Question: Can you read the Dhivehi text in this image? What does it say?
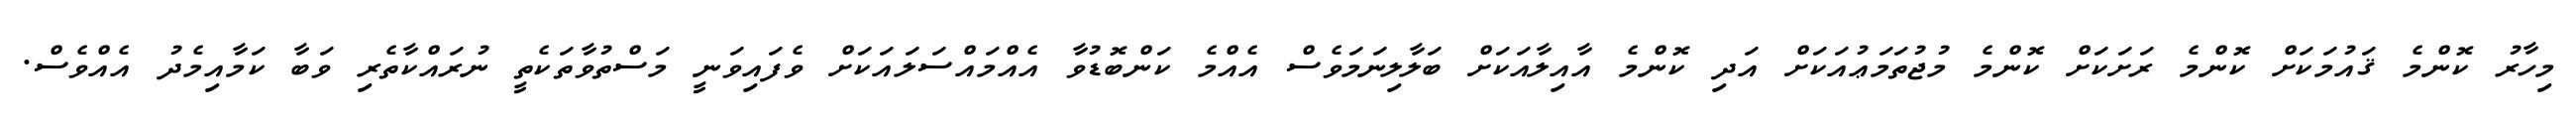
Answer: މިހާރު ކޮންމެ ޤައުމަކަށް ކޮންމެ ރަށަކަށް ކޮންމެ މުޖުތަމަޢުއަކަށް އަދި ކޮންމެ އާއިލާއަކަށް ބަލާލިނަމަވެސް އެއްމެ ކަންބޮޑުވާ އެއްމައްސަލައަކަށް ވެފައިވަނީ މަސްތުވާތަކެތީ ނުރައްކާތެރި ވަބާ ކަމާއިމެދު އެއްވެސް.